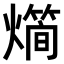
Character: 𤐎